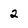
Character: 2